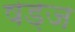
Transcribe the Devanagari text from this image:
षड़ज